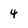
Character: 4